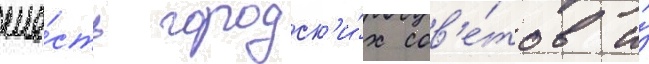
ше́сть городск'и́х сов'е́тов и́